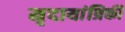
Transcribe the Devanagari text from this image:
मृदायांत्रिकी